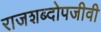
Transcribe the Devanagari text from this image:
राजशब्दोपजीवी